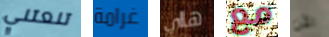
تنعتني غرامة هااي مع الآن